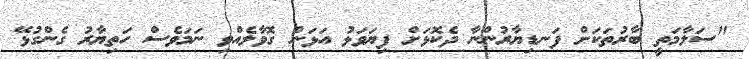
"ސަލާމަތީ ބާރުތަކަށް ފަނޑިޔާރުންނާ ދެކޮޅަށް ފިޔަވަޅު އަޅަން ގޮވާލެއްވި ނަމަވެސް ހަތިޔާރު ގެންގުޅޭ